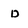
Character: d